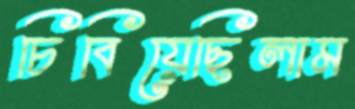
চিবিয়েছিলাম